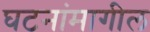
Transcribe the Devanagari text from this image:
घटनांमागील